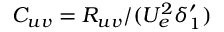
C _ { u v } = R _ { u v } / ( U _ { e } ^ { 2 } \delta _ { 1 } ^ { \prime } )